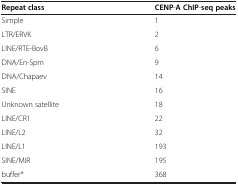
<table><thead><tr><td><b>Repeat class</b></td><td><b>CENP-A ChIP-seq peaks</b></td></tr></thead><tbody><tr><td>Simple</td><td>1</td></tr><tr><td>LTR/ERVK</td><td>2</td></tr><tr><td>LINE/RTE-BovB</td><td>6</td></tr><tr><td>DNA/En-Spm</td><td>9</td></tr><tr><td>DNA/Chapaev</td><td>14</td></tr><tr><td>SINE</td><td>16</td></tr><tr><td>Unknown satellite</td><td>18</td></tr><tr><td>LINE/CR1</td><td>22</td></tr><tr><td>LINE/L2</td><td>32</td></tr><tr><td>LINE/L1</td><td>193</td></tr><tr><td>SINE/MIR</td><td>195</td></tr><tr><td>buffer*</td><td>368</td></tr></tbody></table>